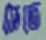
সেতে